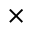
\times